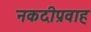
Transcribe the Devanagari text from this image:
नकदीप्रवाह